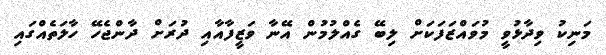
މަނިކު ވިދާޅުވީ މުވައްޒަފަކަށް ލިބޭ ގެއްލުމުން އޭނާ ވަޒީފާއާއި ދުރަށް ދާންޖެހޭ ހާލަތެއްގައި